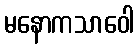
မနောကသာဝေါ